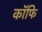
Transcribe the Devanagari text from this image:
कॉफि